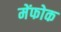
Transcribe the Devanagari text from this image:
मेंफोक